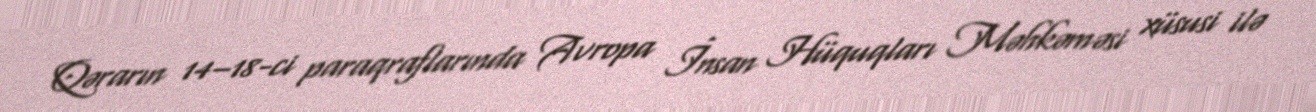
Qərarın 14–18-ci paraqraflarında Avropa İnsan Hüquqları Məhkəməsi xüsusi ilə